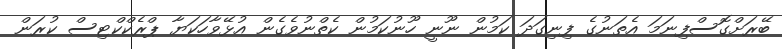
ބޭރަށްގޮސްފިނަމަ އެތަނުގެ ފިނިގަދަ ކަމުން ނޫނީ ހޫނުކަމުން ކެތްނުވެގެން އުޅޭވާހަކަޔާ ޕްރެކްކްޓިސް ކުރަން